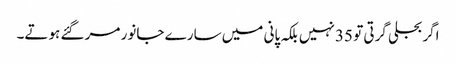
اگر بجلی گرتی تو 35 نہیں بلکہ پانی میں سارے جانور مر گئے ہوتے۔